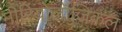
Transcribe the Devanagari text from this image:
मीरियोलॉजिकल